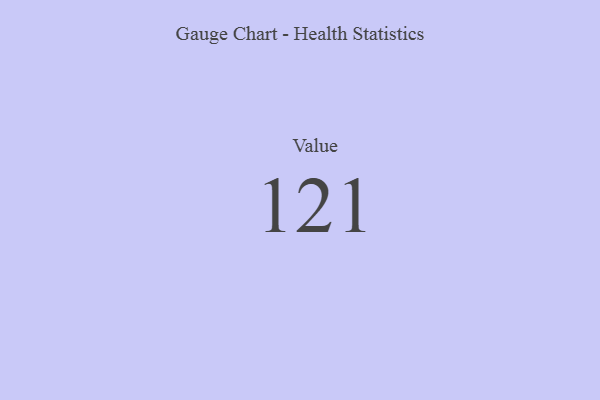
{"axis": {"x": "Metric", "y": "Value"}, "legend": [""], "data": [{"x": "Value", "y": 121, "type": ""}]}